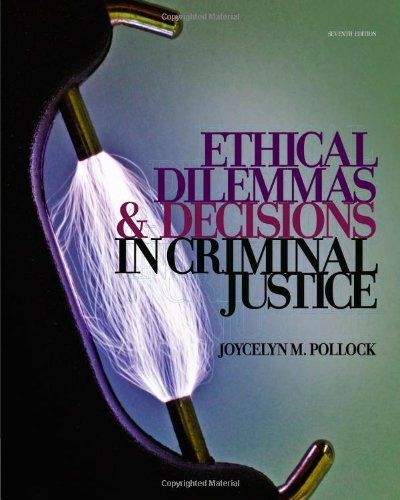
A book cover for Ethical Dilemmas and Decisions in Criminal Justice (Ethics in Crime and Justice); Joycelyn M. Pollock; Law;